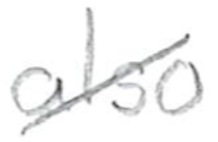
Text: also
Cross-out: diagonal
Writing tool: pencil